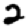
Digit: 2